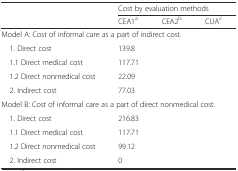
<table><thead><tr><td>[EMPTY_CELL]</td><td colspan="3"><b>Cost by evaluation methods</b></td></tr><tr><td>[EMPTY_CELL]</td><td><b>CEA1<sup>a</sup></b></td><td><b>CEA2<sup>b</sup></b></td><td><b>CUA<sup>c</sup></b></td></tr></thead><tbody><tr><td colspan="4">Model A: Cost of informal care as a part of indirect cost.</td></tr><tr><td> 1. Direct cost</td><td>139.8</td><td>[EMPTY_CELL]</td><td>[EMPTY_CELL]</td></tr><tr><td> 1.1 Direct medical cost</td><td>117.71</td><td>[EMPTY_CELL]</td><td>[EMPTY_CELL]</td></tr><tr><td> 1.2 Direct nonmedical cost</td><td>22.09</td><td>[EMPTY_CELL]</td><td>[EMPTY_CELL]</td></tr><tr><td> 2. Indirect cost</td><td>77.03</td><td>[EMPTY_CELL]</td><td>[EMPTY_CELL]</td></tr><tr><td colspan="4">Model B: Cost of informal care as a part of direct nonmedical cost.</td></tr><tr><td> 1. Direct cost</td><td>216.83</td><td>[EMPTY_CELL]</td><td>[EMPTY_CELL]</td></tr><tr><td> 1.1 Direct medical cost</td><td>117.71</td><td>[EMPTY_CELL]</td><td>[EMPTY_CELL]</td></tr><tr><td> 1.2 Direct nonmedical cost</td><td>99.12</td><td>[EMPTY_CELL]</td><td>[EMPTY_CELL]</td></tr><tr><td> 2. Indirect cost</td><td>0</td><td>[EMPTY_CELL]</td><td>[EMPTY_CELL]</td></tr></tbody></table>